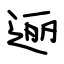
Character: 逦